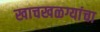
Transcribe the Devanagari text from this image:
खाचखळग्यांचा